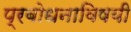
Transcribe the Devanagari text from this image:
प्रबोधनाविषयी